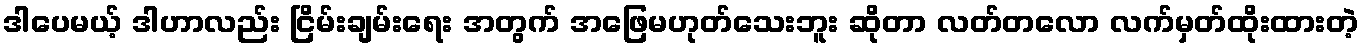
ဒါပေမယ့် ဒါဟာလည်း ငြိမ်းချမ်းရေး အတွက် အဖြေမဟုတ်သေးဘူး ဆိုတာ လတ်တလော လက်မှတ်ထိုးထားတဲ့